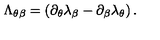
\Lambda _ { \theta \beta } = \left( \partial _ { \theta } \lambda _ { \beta } - \partial _ { \beta } \lambda _ { \theta } \right) .